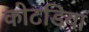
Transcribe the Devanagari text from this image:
कोटडिया